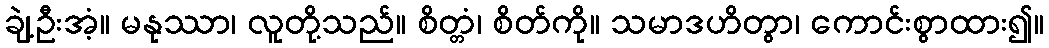
ချဲ့ဦးအံ့။ မနုဿာ၊ လူတို့သည်။ စိတ္တံ၊ စိတ်ကို။ သမာဒဟိတွာ၊ ကောင်းစွာထား၍။